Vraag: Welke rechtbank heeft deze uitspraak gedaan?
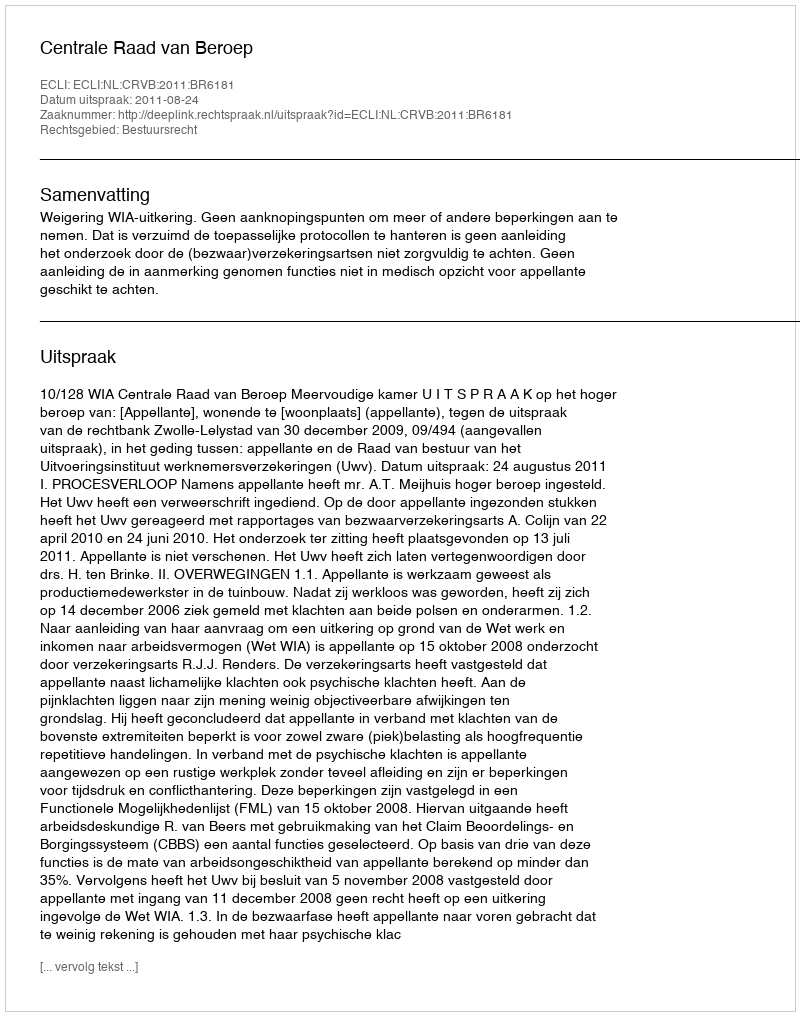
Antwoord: Centrale Raad van Beroep